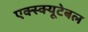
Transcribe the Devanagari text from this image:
एक्स्क्यूटेबल